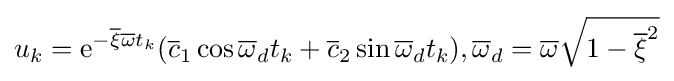
u_{k}={\text{e}}^{-{\overline {\xi }}{\overline {\omega }}t_{k}}({\overline {c}}_{1}\cos {\overline {\omega }}_{d}t_{k}+{\overline {c}}_{2}\sin {\overline {\omega }}_{d}t_{k}),{\overline {\omega }}_{d}={\overline {\omega }}{\sqrt {1-{\overline {\xi }}^{2}}}